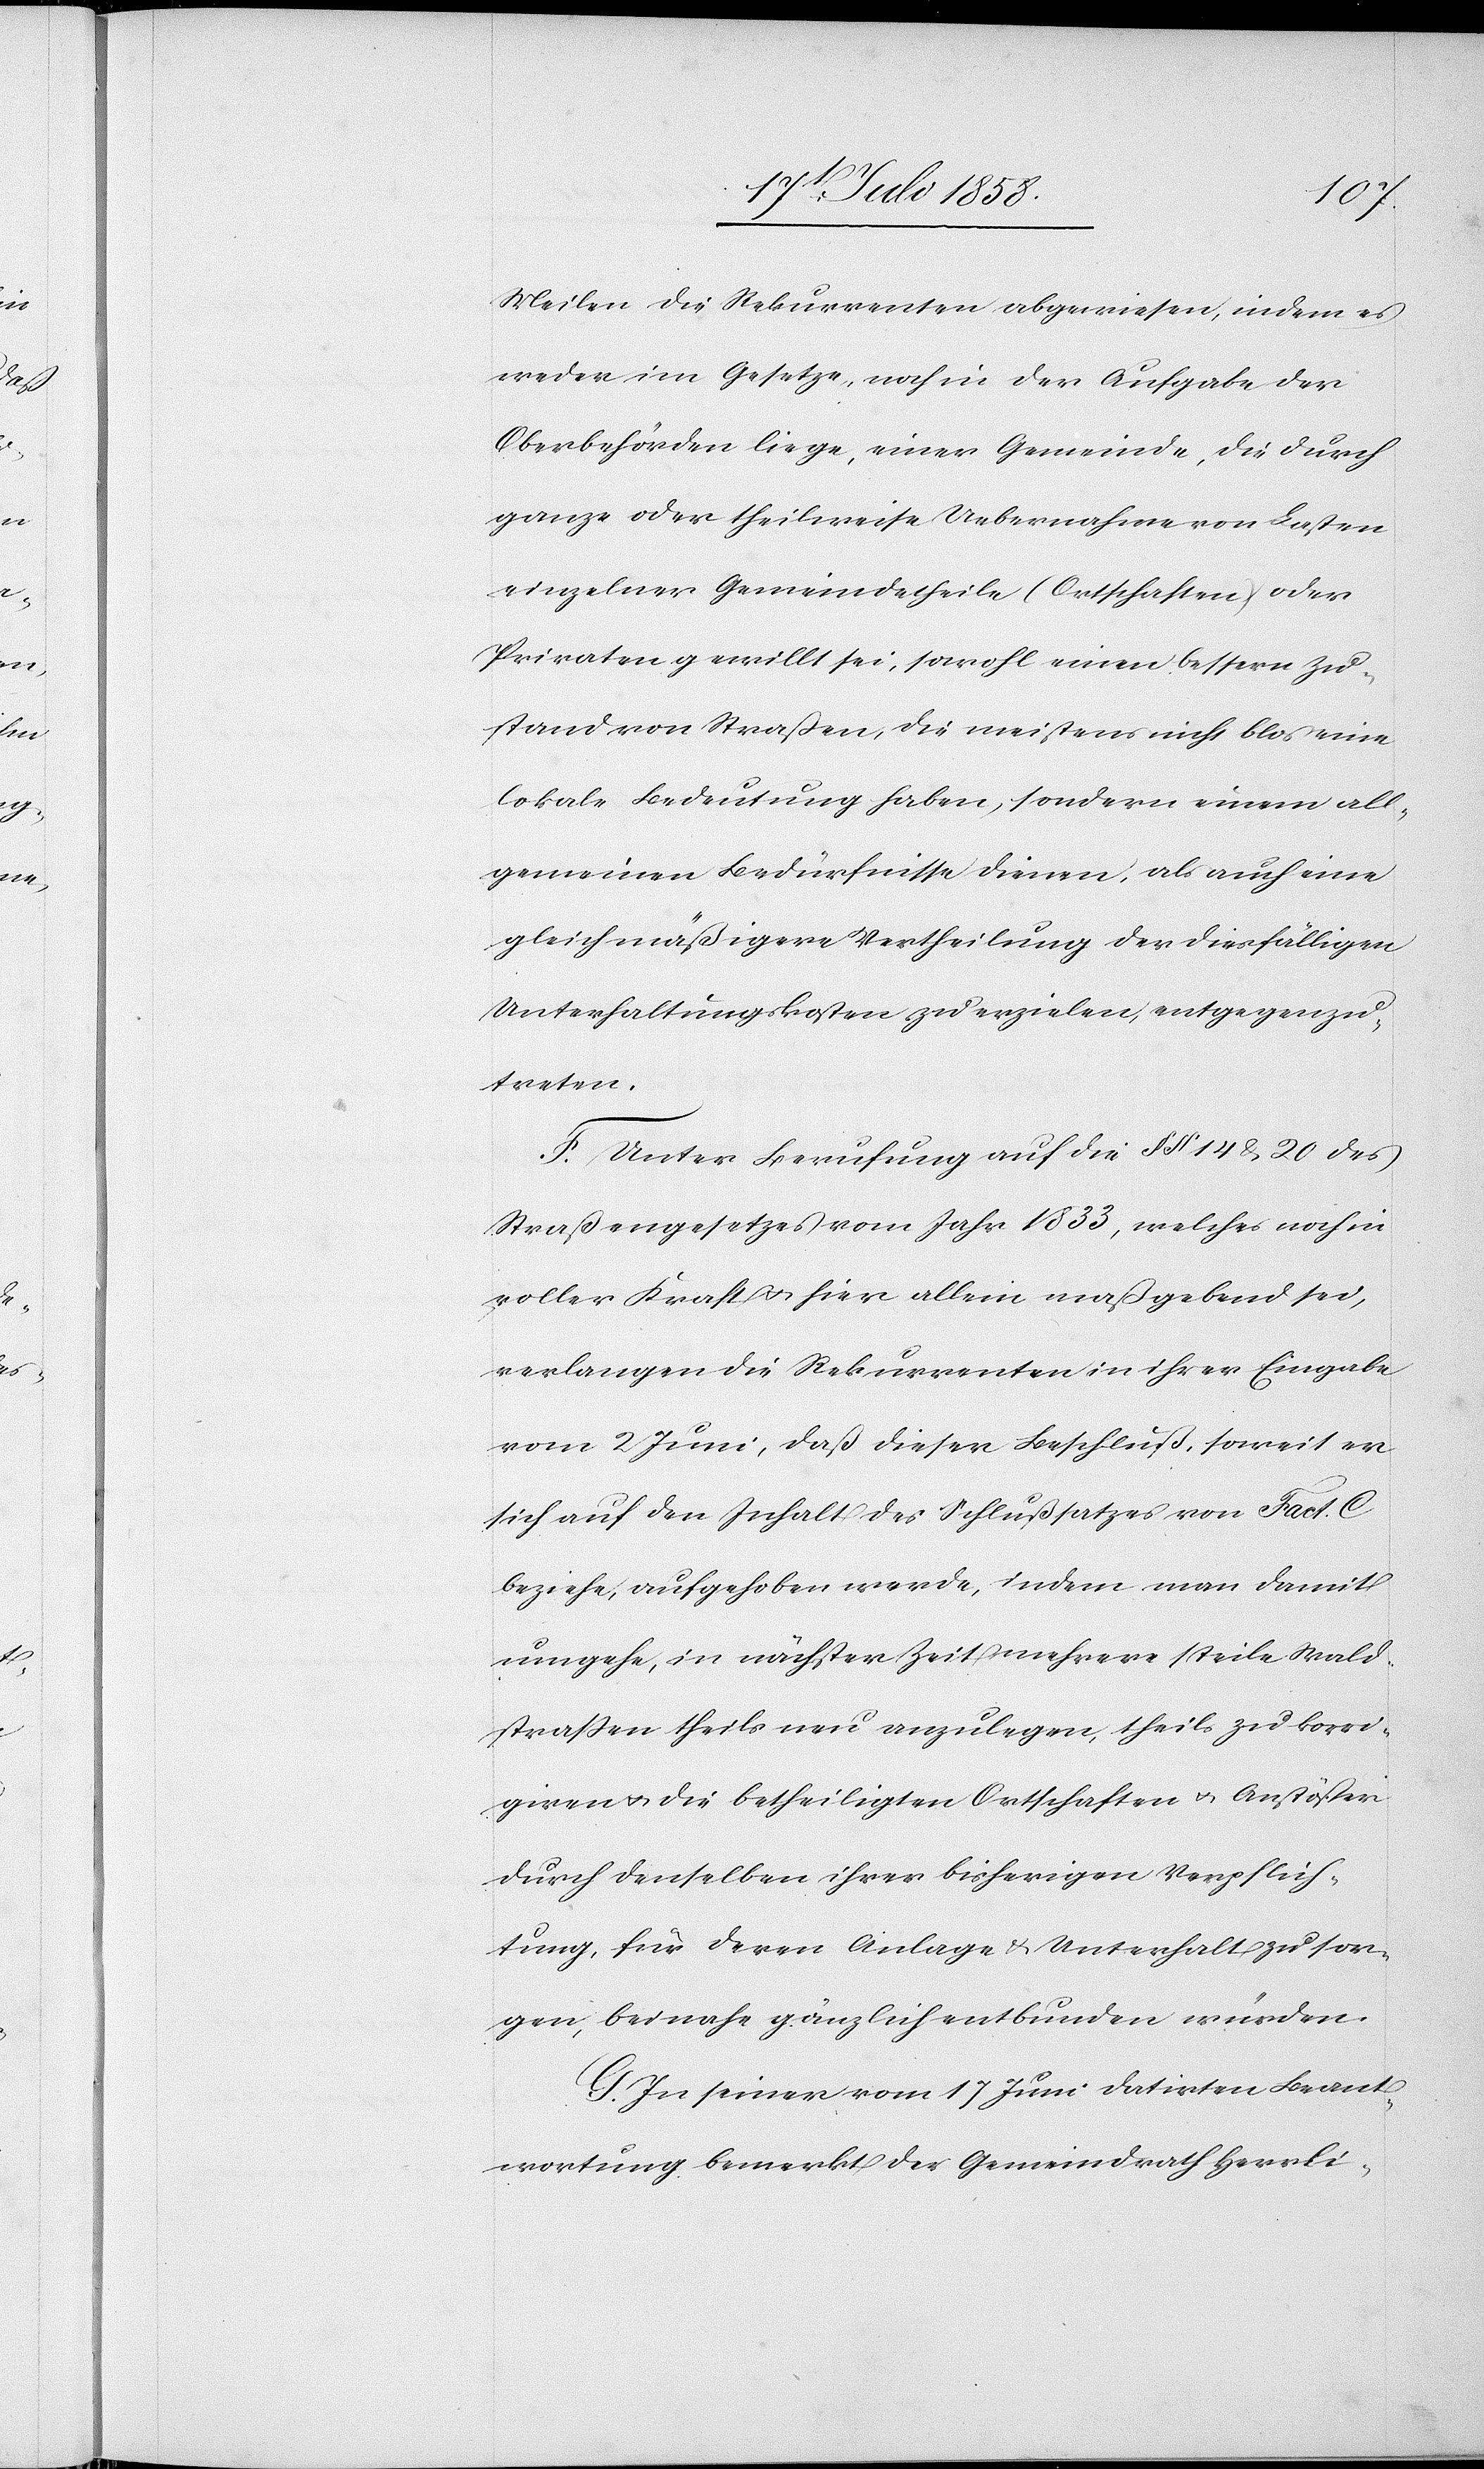
Meilen die Rekurrenten abgewiesen, indem es
weder im Gesetze, noch in der Aufgabe der
Oberbehörden liege, einer Gemeinde, die durch
ganze oder theilweise Uebernahme von Lasten
einzelner Gemeindetheile (Ortschaften) oder
Privaten gewillt sei, sowohl einen bessern Zu¬
stand von Straßen, die meistens nicht blos eine
lokale Bedeutung haben, sondern einem all¬
gemeinen Bedürfnisse dienen, als auch eine
gleichmäßigere Vertheilung der diesfälligen
Unterhaltungskosten zu erzielen, entgegenzu¬
treten.
F. Unter Berufung auf die §§ 14 & 20 des
Straßengesetzes vom Jahr 1833, welches noch in
voller Kraft & hier allein maßgebend sei,
verlangen die Rekurrenten in ihrer Eingabe
vom 2 Juni, daß dieser Beschluß, soweit er
sich auf den Inhalt des Schlußsatzes von Fact. C
beziehe, aufgehoben werde, indem man damit
umgehe, in nächster Zeit mehrere steile Wald¬
strassen theils neu anzulegen, theils zu korri¬
giren & die betheiligten Ortschaften & Anstößer
durch denselben ihrer bisherigen Verpflich¬
tung, für deren Anlage & Unterhalt zu sor¬
gen, beinahe gänzlich entbunden würden.
G. In seiner vom 17 Juni datirten Beant¬
wortung bemerkt der Gemeindrath Herrli-